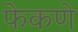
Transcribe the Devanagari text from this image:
फेकणे